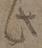
此